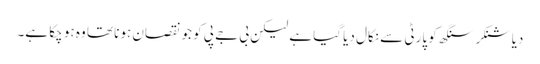
دیا شنکر سنگھ کو پارٹی سے نکال دیا گیا ہے لیکن بی جے پی کو جو نقصان ہونا تھا وہ ہو چکا ہے۔